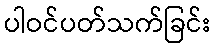
ပါဝင်ပတ်သက်ခြင်း